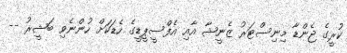
ކުރީގެ ޖެންޑާ މިނިސްޓަރު ޒެނީޝާ އާއި އެފްސީޕީޑީގެ ހެޑަކަށް ހުންނެވި ބަޝީރު --